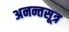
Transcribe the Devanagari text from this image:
अनन्तसूत्र